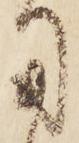
用